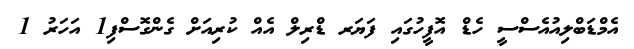
އެމްޑަބްލިއުއެސްސީ ހެޑް އޮފީހުގައި ފަޔަރ ޑްރިލް އެއް ކުރިއަށް ގެންގޮސްފި1 އަހަރު 1